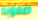
صعوبه